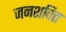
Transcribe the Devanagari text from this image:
जनशक्‍ति